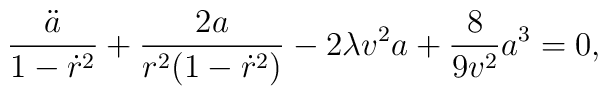
\frac{\ddot{a}}{1-\dot{r}^{2}}+ \frac{2a}{r^{2}(1  -\dot{r}^{2})}-2  \lambda v^{2}a + \frac{8}{9v^{2}}a^{3}=0,